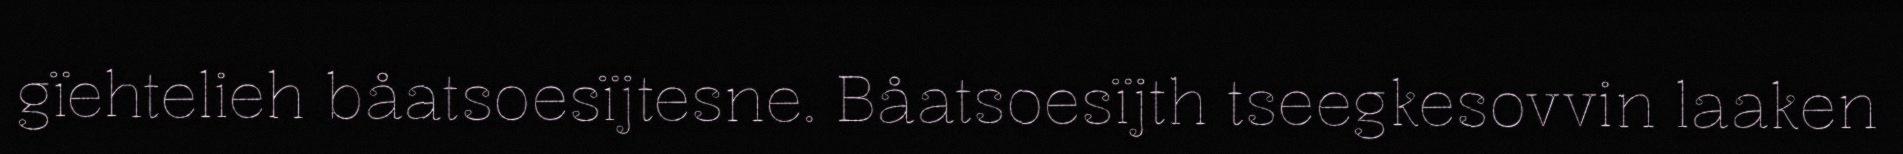
gïehtelieh båatsoesïjtesne. Båatsoesïjth tseegkesovvin laaken